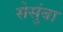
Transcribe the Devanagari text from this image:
सेसुंबा